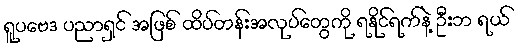
ရူပဗေဒ ပညာရှင် အဖြစ် ထိပ်တန်းအလုပ်တွေကို ရနိုင်ရက်နဲ့ ဦးဘ ရယ်